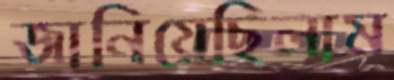
জানিয়েছিলাম